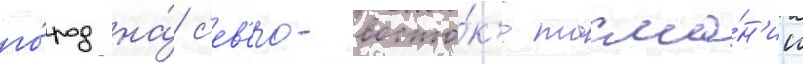
го́род на́ с'ев'еро-восто́к'е тасма́н'ии